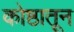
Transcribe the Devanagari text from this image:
कोष्ठातून